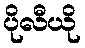
ပိုလီယို